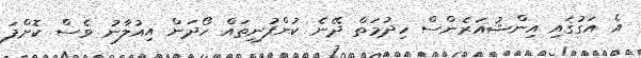
އެ އަގުގައި އިންޝުއަރެންސް ހިދުމަތް ދޭނެ ކުންފުނިތައް ހޯދަން އިއުލާނު ވެސް ކޮށްފަ